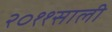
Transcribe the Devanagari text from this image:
२०११साली